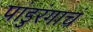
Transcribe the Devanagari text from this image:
पांडुरंगाचं